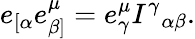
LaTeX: e_{[\alpha}e_{\beta]}^{\mu}=e_{\gamma}^{\mu}I^{\gamma}{}_{\alpha\beta}.